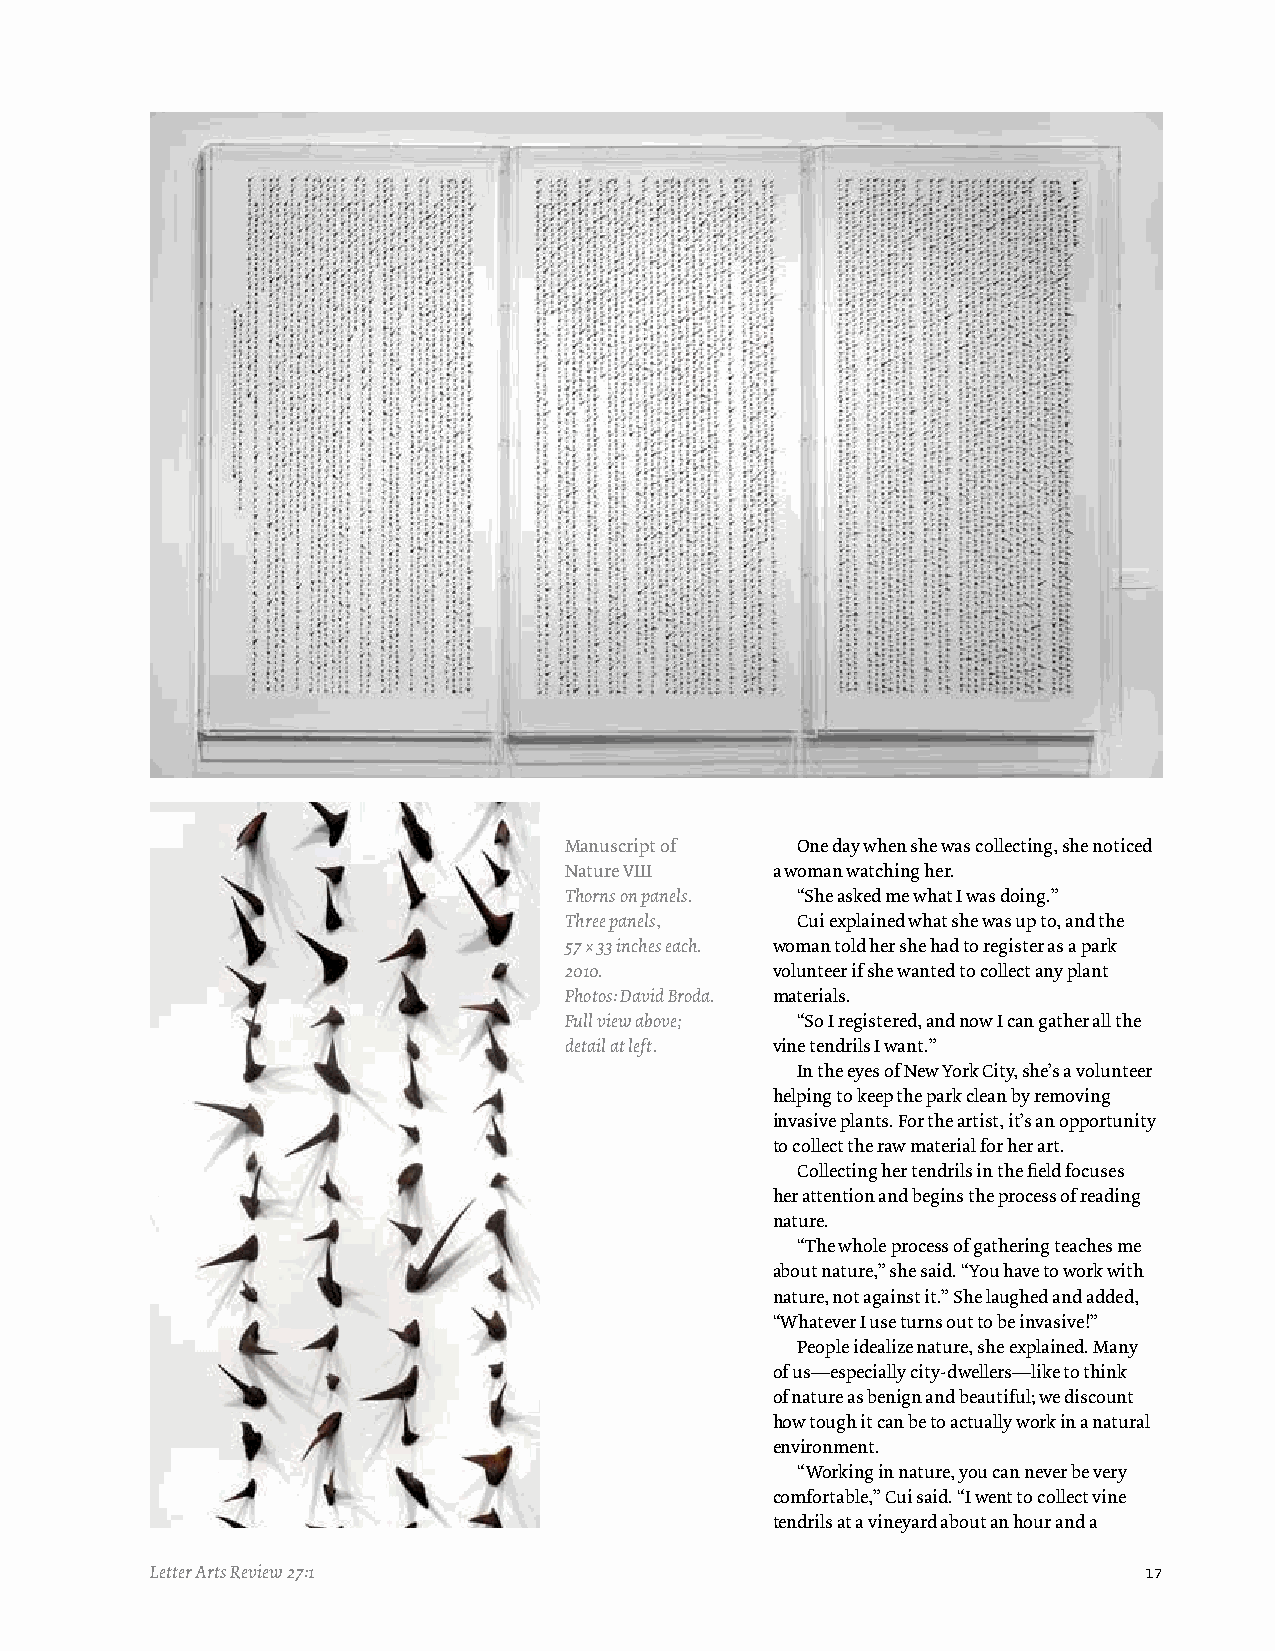
Manuscript of   One day when she was collecting, she noticed
 Nature VIII   a woman watching her.
 Thorns on panels. “She asked me what I was doing.”
 Three panels,   Cui explained what she was up to, and the
 57 × 33 inches each. woman told her she had to register as a park
 2010.         volunteer if she wanted to collect any plant
 Photos: David Broda. materials.
 Full view above; “So I registered, and now I can gather all the
 detail at left. vine tendrils I want.”
 In the eyes of New York City, she’s a volunteer
 helping to keep the park clean by removing
 invasive plants. For the artist, it’s an opportunity
 to collect the raw material for her art.
 Collecting her tendrils in the field focuses
 her attention and begins the process of reading
 nature.
 “The whole process of gathering teaches me
 about nature,” she said. “You have to work with
 nature, not against it.” She laughed and added,
 “Whatever I use turns out to be invasive!”
 People idealize nature, she explained. Many
 of us—especially city-dwellers—like to think
 of nature as benign and beautiful; we discount
 how tough it can be to actually work in a natural
 environment.
 “Working in nature, you can never be very
 comfortable,” Cui said. “I went to collect vine
 tendrils at a vineyard about an hour and a
 Letter Arts Review 27:1                                           17